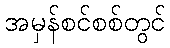
အမှန်စင်စစ်တွင်